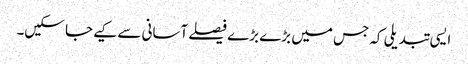
ایسی تبدیلی کہ جس میں بڑے بڑے فیصلے آسانی سے کیے جا سکیں۔